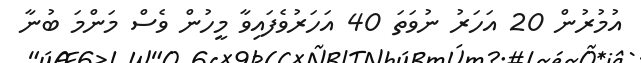
އުމުރުން 20 އަހަރު ނުވަތަ 40 އަހަރުވެފައިވާ މީހުން ވެސް މަންމަ ބުނާ